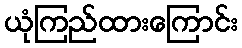
ယုံကြည်ထားကြောင်း